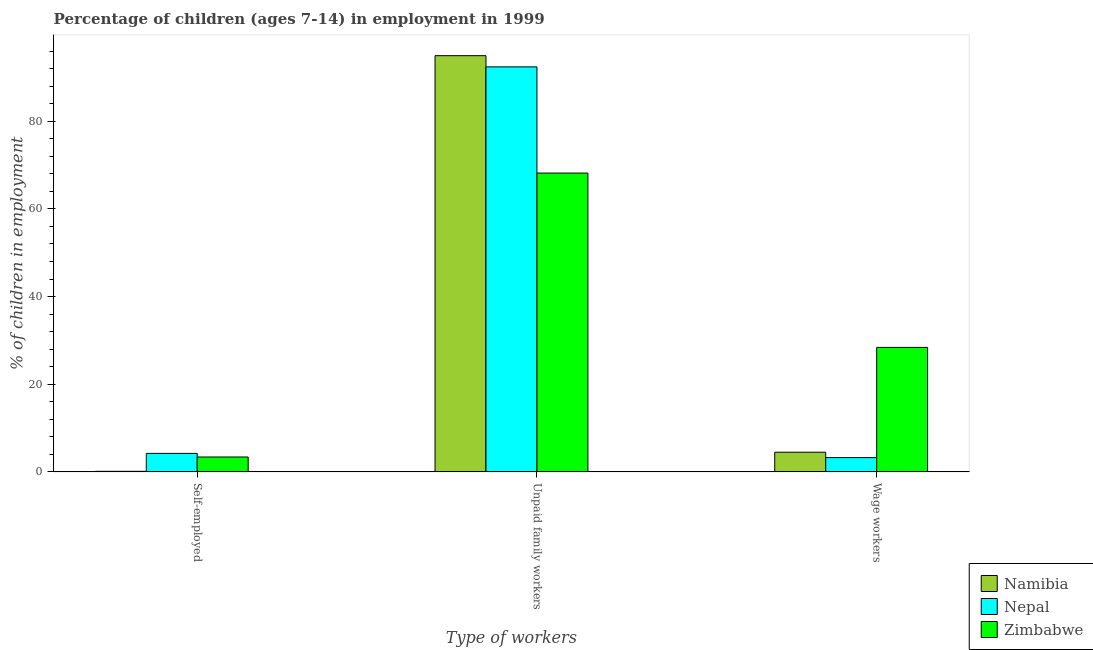
| Type of workers | Namibia | Nepal | Zimbabwe |
 | --- | --- | --- | --- |
 | Self-employed | 0.14 | 4.23 | 3.41 |
 | Unpaid family workers | 95 | 92.4 | 68.2 |
 | Wage workers | 4.5 | 3.27 | 28.4 |